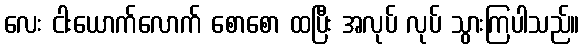
လေး ငါးယောက်လောက် စောစော ထပြီး အလုပ် လုပ် သွားကြပါသည်။